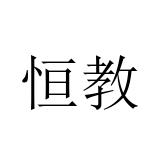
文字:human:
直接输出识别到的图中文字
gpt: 恒教